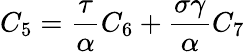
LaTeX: C_{5}=\frac\tau\alpha C_{6}+\frac{\sigma\gamma}\alpha C_{7}